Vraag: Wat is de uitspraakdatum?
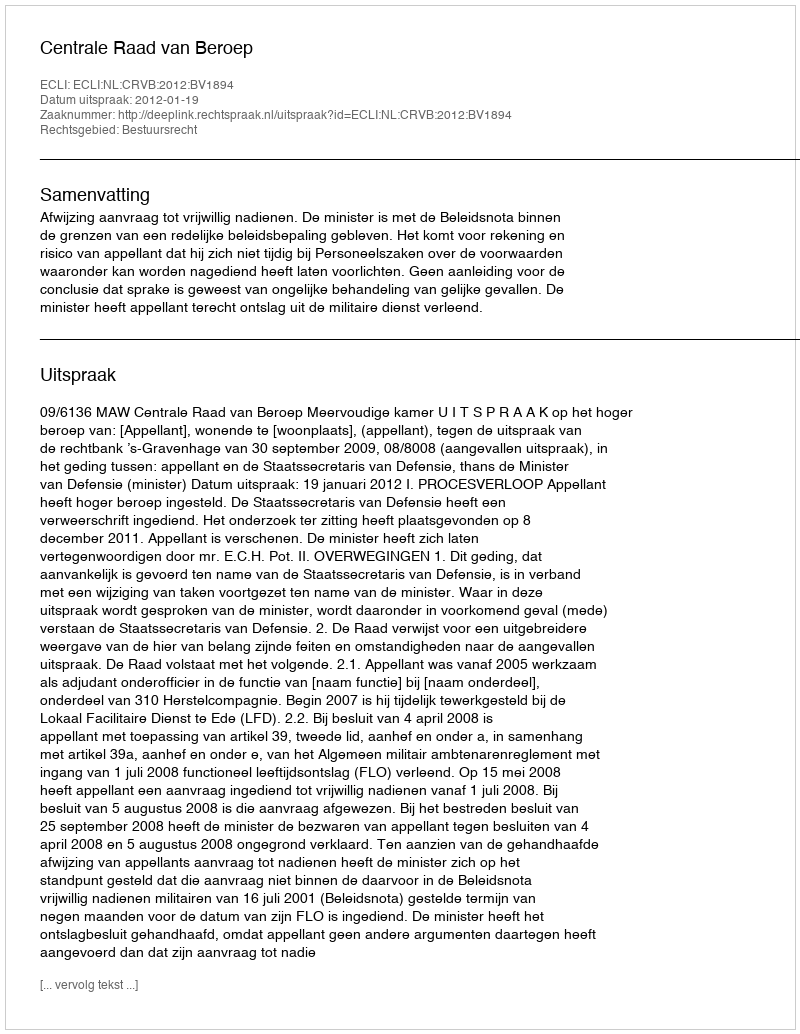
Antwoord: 2012-01-19